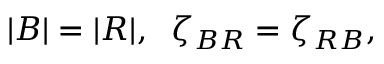
| { \cal B } | = | { \cal R } | , \; \; \zeta _ { B R } = \zeta _ { R B } ,